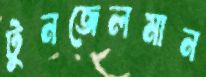
টুনজেলমান